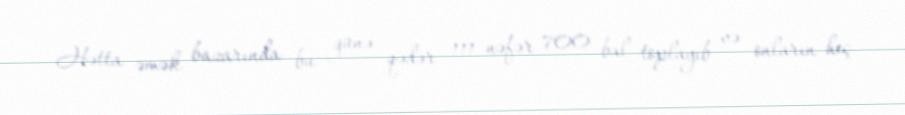
Hətta əmək bazarında bu günə qədər 111 nəfər 700 bal toplayıb və onların heç